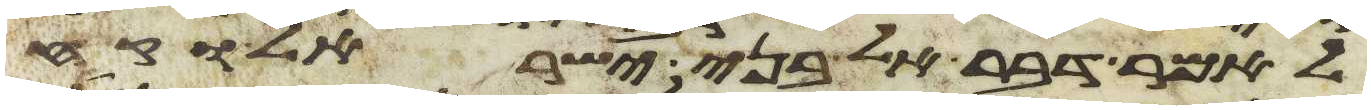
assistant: לאמר דבר אל בני ישראל וקח